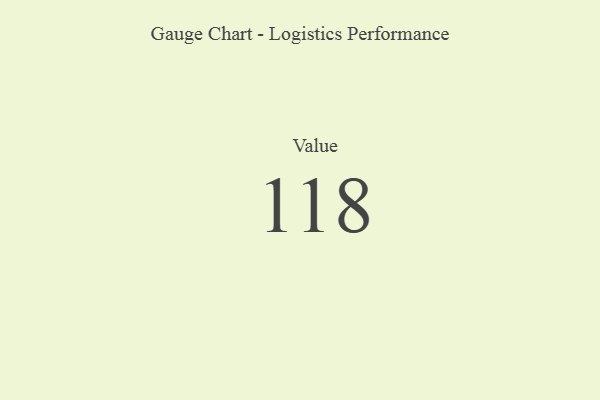
{"axis": {"x": "Metric", "y": "Value"}, "legend": [""], "data": [{"x": "Value", "y": 118, "type": ""}]}